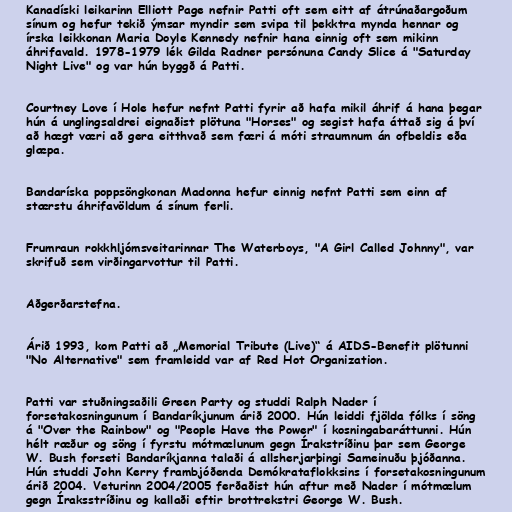
Kanadíski leikarinn Elliott Page nefnir Patti oft sem eitt af átrúnaðargoðum
sínum og hefur tekið ýmsar myndir sem svipa til þekktra mynda hennar og
írska leikkonan Maria Doyle Kennedy nefnir hana einnig oft sem mikinn
áhrifavald. 1978-1979 lék Gilda Radner persónuna Candy Slice á "Saturday
Night Live" og var hún byggð á Patti.

Courtney Love í Hole hefur nefnt Patti fyrir að hafa mikil áhrif á hana þegar
hún á unglingsaldrei eignaðist plötuna "Horses" og segist hafa áttað sig á því
að hægt væri að gera eitthvað sem færi á móti straumnum án ofbeldis eða
glæpa.

Bandaríska poppsöngkonan Madonna hefur einnig nefnt Patti sem einn af
stærstu áhrifavöldum á sínum ferli.

Frumraun rokkhljómsveitarinnar The Waterboys, "A Girl Called Johnny", var
skrifuð sem virðingarvottur til Patti.

Aðgerðarstefna.

Árið 1993, kom Patti að „Memorial Tribute (Live)“ á AIDS-Benefit plötunni
"No Alternative" sem framleidd var af Red Hot Organization.

Patti var stuðningsaðili Green Party og studdi Ralph Nader í
forsetakosningunum í Bandaríkjunum árið 2000. Hún leiddi fjölda fólks í söng
á "Over the Rainbow" og "People Have the Power" í kosningabaráttunni. Hún
hélt ræður og söng í fyrstu mótmælunum gegn Írakstríðinu þar sem George
W. Bush forseti Bandaríkjanna talaði á allsherjarþingi Sameinuðu þjóðanna.
Hún studdi John Kerry frambjóðenda Demókrataflokksins í forsetakosningunum
árið 2004. Veturinn 2004/2005 ferðaðist hún aftur með Nader í mótmælum
gegn Íraksstríðinu og kallaði eftir brottrekstri George W. Bush.